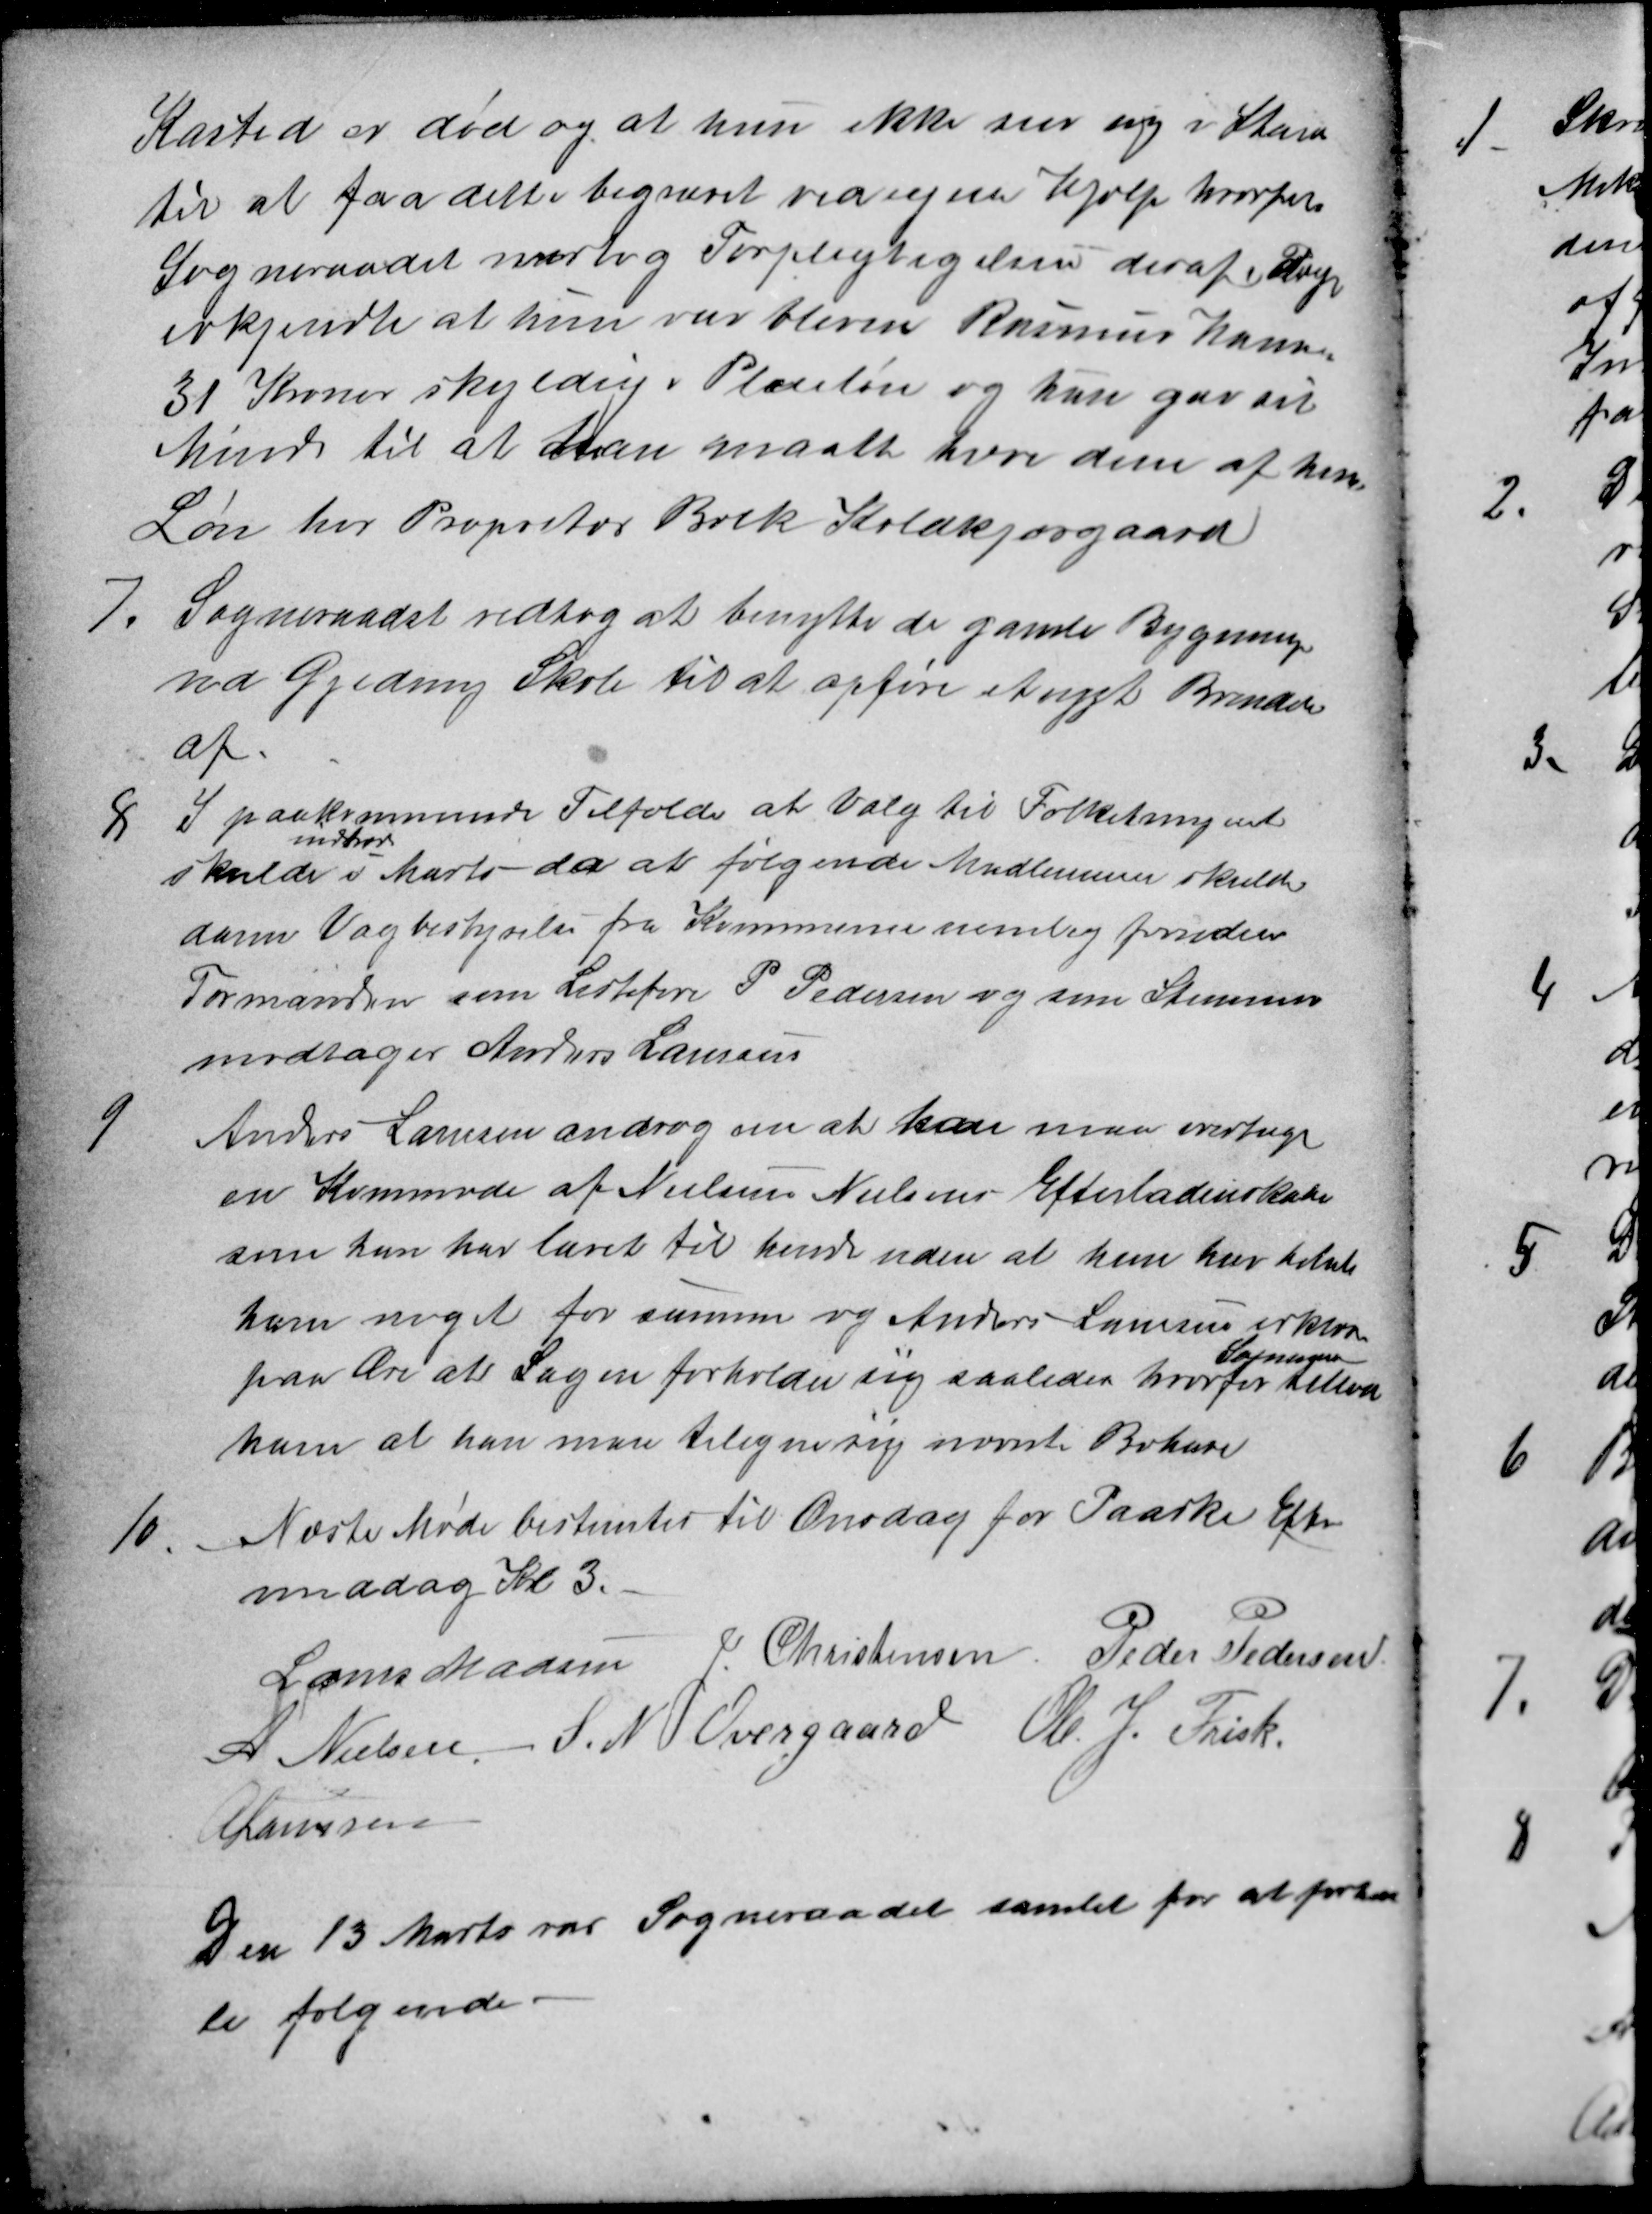
Transskription:
Kasted er død og at hun ikke ser sig i Stand
til at faa dette begravet ved egen Hjælp hvorfor
Sogneraadet overtog Forpligtigelsen deraf. Pigen
erkjendte at hun var bleven Rasmus Hansen
31 Kroner skyldig i Pleieløn og hun gav sit
Minde til at han maatte have dem af hen
Løn hos Propritær Beck Koldkjærgaard
7. Sogneraadet vedtog at benytte de gamle Bygninger
ved Gjeding Skole til at opføre et nyt Brændskur
af
8 I paakommende Tilfælde at Valg til Folketinget
skulde
indtræffe
i Marts da at følgende Medlemmer skulde
danne Vagbestyrelse fra Kommunen nemlig foruden
Formanden som Listeføre P Pedersen og som Stemme-
modtager Anders Laursen
9 Anders Laursen androg om at han maa overtage
en Kommode af Nielsine Nielsens Efterladenskaber
som han har lavet til hende uden at hun har betalt
ham noget for samme og Anders Laursen erklærer
paa Ære at Sagen forholder sig saaledes hvorfor
Sogneraadet
tillod
ham at han maa tilegne sig nævnte Bohave
10. Næste Møde bestemtes til Onsdag før Paaske Efter
middag Kl 3.
Laurs Madsen J. Christensen Peder Pedersen
A Nielsen S. N. Overgaard Ole J. Frisk
A Laursen
Den 13 Marts var Sogneraadet samlet for at forhan
le følgende.